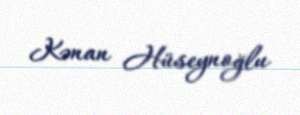
Kənan Hüseynoğlu